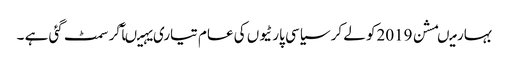
بہار میںمشن 2019کو لے کر سیاسی پارٹیوں کی عام تیاری یہیںآکر سمٹ گئی ہے ۔